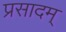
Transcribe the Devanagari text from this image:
प्रसादम्